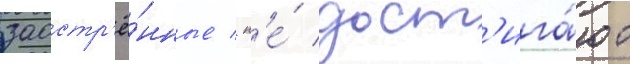
заостр'ё́нные / н'е́ дост'ига́ют